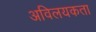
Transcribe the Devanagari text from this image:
अविलयकता